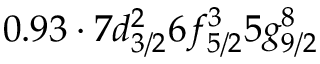
0 . 9 3 \cdot 7 d _ { 3 / 2 } ^ { 2 } 6 f _ { 5 / 2 } ^ { 3 } 5 g _ { 9 / 2 } ^ { 8 }